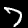
Label: 7